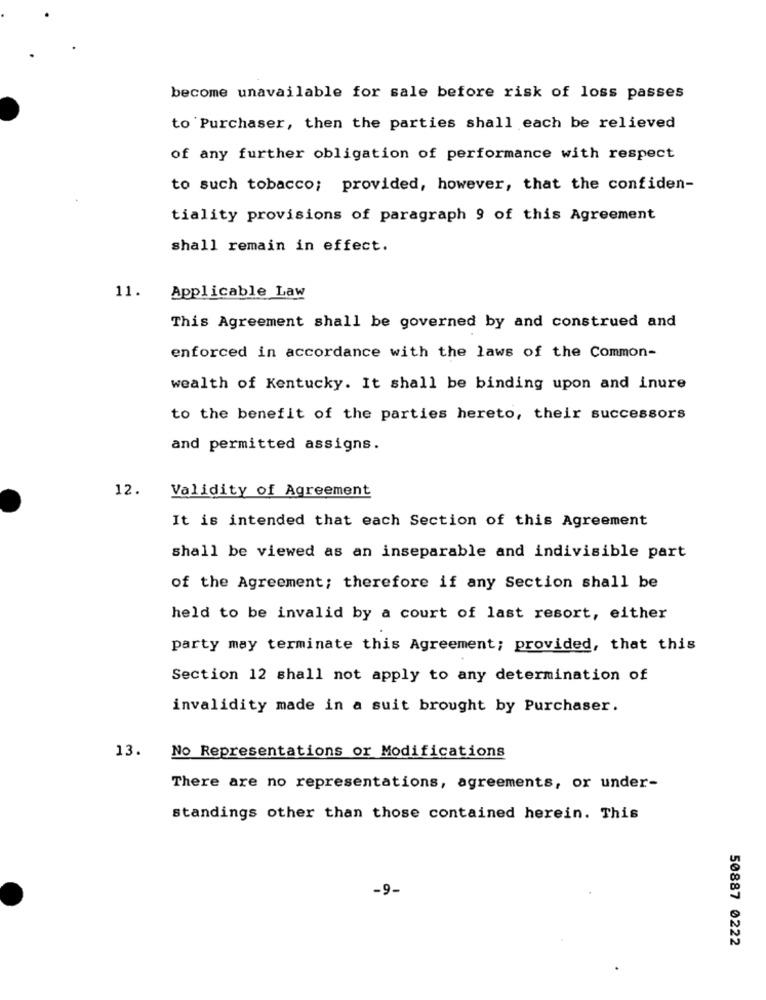
become unavailable for sale before risk of loss passes
to Purchaser, then the parties shall each be relieved
of any further obligation of performance with respect
to such tobacco; provided, however, that the confiden-
tiality provisions of paragraph 9 of this Agreement
shall remain in effect.
11.
Applicable Law
This Agreement shall be governed by and construed and
enforced in accordance with the laws of the Common-
wealth of Kentucky. It shall be binding upon and inure
to the benefit of the parties hereto, their successors
and permitted assigns.
12.
Validity of Agreement
It is intended that each Section of this Agreement
shall be viewed as an inseparable and indivisible part
of the Agreement; therefore if any Section shall be
held to be invalid by a court of last resort, either
party may terminate this Agreement; provided, that this
Section 12 shall not apply to any determination of
invalidity made in a suit brought by Purchaser.
13.
No Representations or Modifications
There are no representations, agreements, or under-
standings other than those contained herein. This
-9-
50887 0222